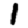
Digit: 1